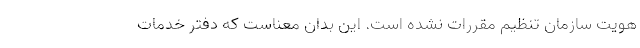
هویت سازمان تنظیم مقررات نشده است. این بدان معناست که دفتر خدمات